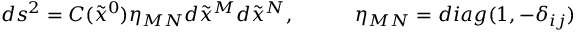
d s ^ { 2 } = C ( \tilde { x } ^ { 0 } ) \eta _ { M N } d \tilde { x } ^ { M } d \tilde { x } ^ { N } , ~ ~ ~ ~ ~ ~ ~ ~ ~ \eta _ { M N } = d i a g ( 1 , - \delta _ { i j } )